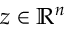
z \in \mathbb { R } ^ { n }